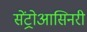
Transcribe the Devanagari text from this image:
सेंट्रोआसिनरी